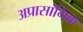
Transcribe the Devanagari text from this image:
अप्रासांगिक